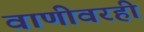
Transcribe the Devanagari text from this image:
वाणीवरही